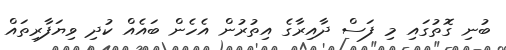
ބުނި ގޮތުގައި މި ފަސް ދާއިރާގެ އިތުރުން އެހެން ބައެއް ކުދި ވިޔަފާރިތައް